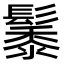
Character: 𮫑